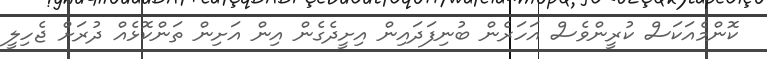
ކޮންމެއަކަސް ކުރީންވެސް އަހަރެން ބުނިފަދައިން އިށީދެގެން އިން އަށިން ތަންކޮޅެއް ދުރަށް ޖެހިލީ